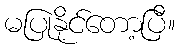
မပြုနိုင်တော့ပြီ။